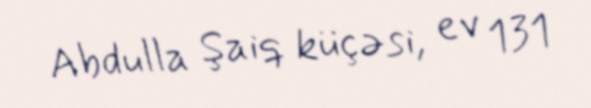
Abdulla Şaiq küçəsi, ev 131